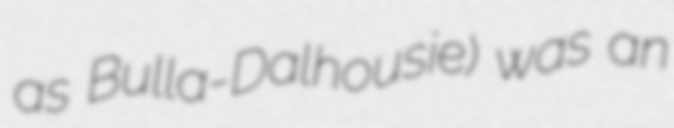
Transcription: as Bulla-Dalhousie) was an